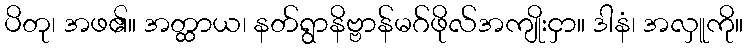
ပိတု၊ အဖ၏။ အတ္ထာယ၊ နတ်ရွာနိဗ္ဗာန်မဂ်ဖိုလ်အကျိုးငှာ။ ဒါနံ၊ အလှူကို။